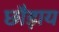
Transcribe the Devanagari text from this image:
छौड़ाय